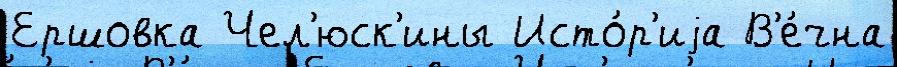
Ершовка Чел'юск'ины Исто́р'иjа В'е́чна